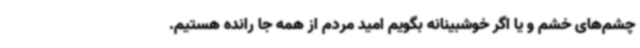
چشم‌های خشم و یا اگر خوشبینانه بگویم امید مردم از همه جا رانده هستیم.